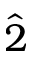
\hat { 2 }